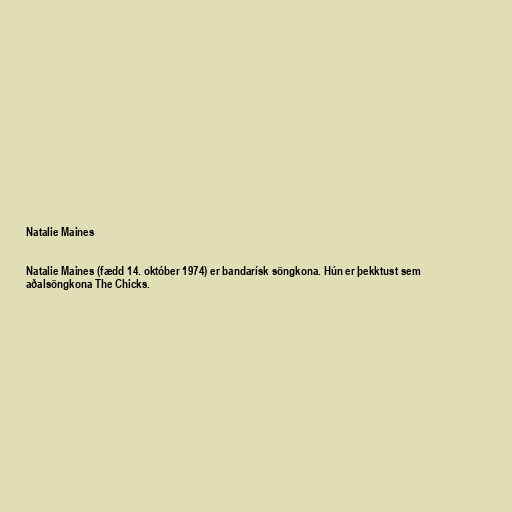
Natalie Maines

Natalie Maines (fædd 14. október 1974) er bandarísk söngkona. Hún er þekktust sem
aðalsöngkona The Chicks.